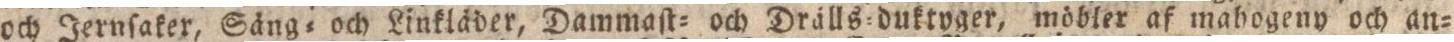
och Jernſaker, Säng= och Linkläder, Dammaſt= och Drälls=duktvger, möbler af mahogeny och an=